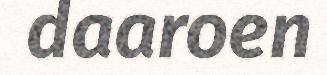
daaroen